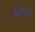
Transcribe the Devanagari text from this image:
केनेल्म